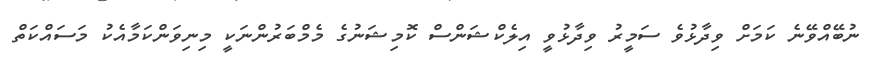
ނުބޭއްވޭނެ ކަމަށް ވިދާޅުވެ ސަމީރު ވިދާޅުވީ އިލެކްޝަންސް ކޮމިޝަނުގެ މެމްބަރުންނަކީ މިނިވަންކަމާއެކު މަސައްކަތް